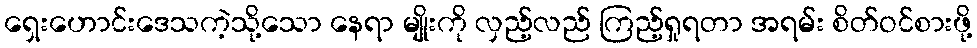
ရှေးဟောင်းဒေသကဲ့သို့သော နေရာ မျိုးကို လှည့်လည် ကြည့်ရှုရတာ အရမ်း စိတ်ဝင်စားဖို့